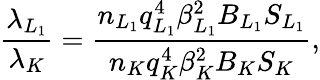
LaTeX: \frac{\lambda_{L_{1}}}{\lambda_{K}}=\frac{n_{L_{1}}q_{L_{1}}^{4}\beta_{L_{1}}^{2}B_{L_{1}}S_{L_{1}}}{n_{K}q_{K}^{4}\beta_{K}^{2}B_{K}S_{K}},